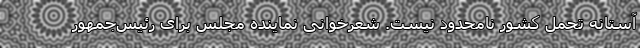
آستانه تحمل کشور نامحدود نیست. شعرخوانی نماینده مجلس برای رئیس‌جمهور